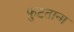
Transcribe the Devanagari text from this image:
फुटताना